Scottish Leaving Certificate Examination, 1959
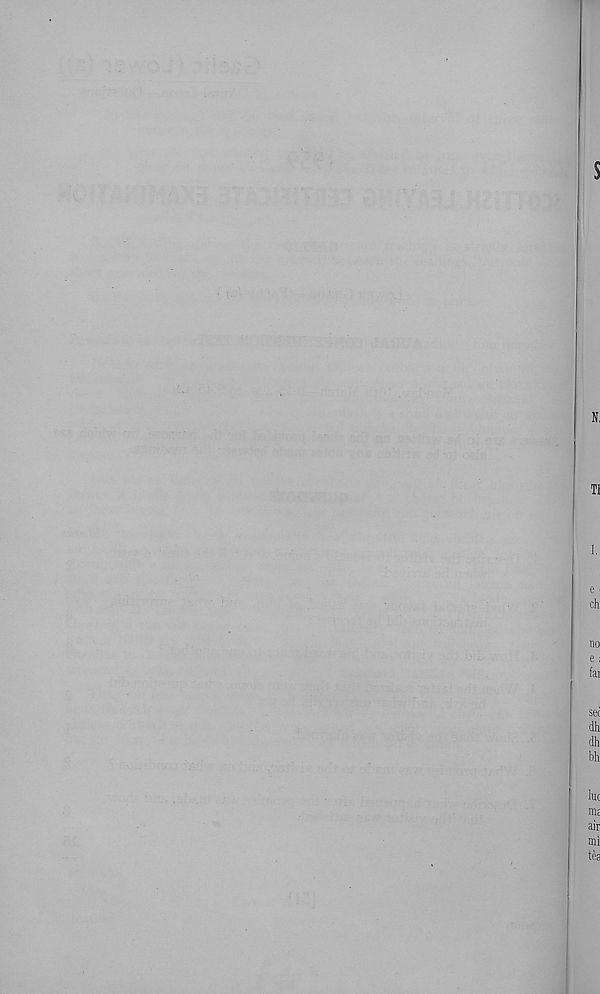
.
; ■ v'" ■ -
'
a;
■
. . ■
...
■
,
■